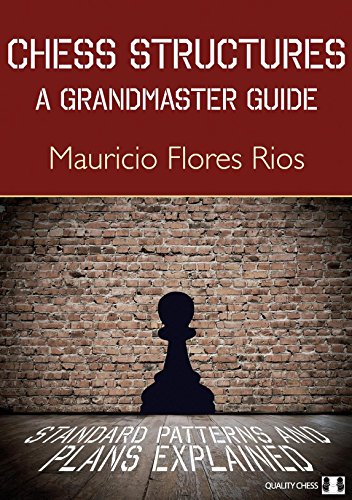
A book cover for Chess Structures: A Grandmaster Guide; Mauricio Flores Rios; Humor & Entertainment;